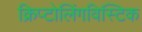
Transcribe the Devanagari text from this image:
क्रिप्टोलिंगविस्टिक